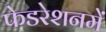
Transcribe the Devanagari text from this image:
फेडरेशनमें